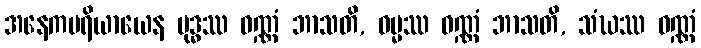
အနေကပရိယာယေန ဗုဒ္ဓဿ ဝဏ္ဏံ ဘာသတိ, ဓမ္မဿ ဝဏ္ဏံ ဘာသတိ, သံဃဿ ဝဏ္ဏံ